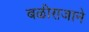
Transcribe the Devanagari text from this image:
बळीराजाने